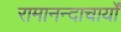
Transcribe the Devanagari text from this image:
रामानन्दाचार्यों